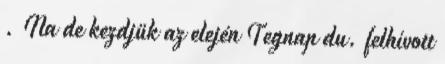
. Na de kezdjük az elején Tegnap du. felhívott